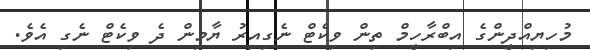
މުހިޔިއްދީންގެ އިބްރާހީމް ތިން ވިކެޓް ނެގިއިރު ޔާމިން ދެ ވިކެޓް ނެގި އެވެ.